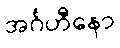
အင်္ဂဟီနော